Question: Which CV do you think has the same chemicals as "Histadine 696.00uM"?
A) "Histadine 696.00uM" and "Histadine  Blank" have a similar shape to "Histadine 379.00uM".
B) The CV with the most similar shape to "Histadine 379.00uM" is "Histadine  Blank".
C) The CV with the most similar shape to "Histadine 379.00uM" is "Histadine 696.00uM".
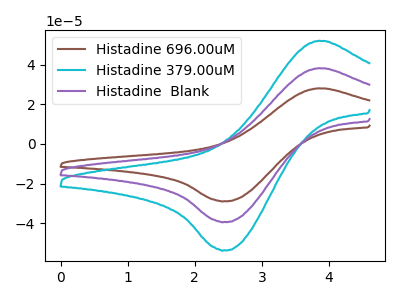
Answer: <think>The brown curve "Histadine 696.00uM" has an anodic peak at (3.85V, 76.25uA) and a cathodic peak at (2.45V, -78.70uA). The cyan curve "Histadine 379.00uM" has an anodic peak at (3.85V, 51.95uA) and a cathodic peak at (2.45V, -53.60uA). The purple curve "Histadine  Blank" has an anodic peak at (3.85V, 38.15uA) and a cathodic peak at (2.45V, -39.35uA).
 All the peaks in "Histadine 696.00uM" have a peak in "Histadine 379.00uM" at the same potential. Every peak in "Histadine 696.00uM" is higher than every peak in "Histadine 379.00uM". All the peaks in "Histadine 696.00uM" have a peak in "Histadine  Blank" at the same potential. Every peak in "Histadine 696.00uM" is higher than every peak in "Histadine  Blank". All the peaks in "Histadine 379.00uM" have a peak in "Histadine  Blank" at the same potential. Every peak in "Histadine 379.00uM" is higher than every peak in "Histadine  Blank".</think>
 <answer>A) "Histadine 696.00uM" and "Histadine  Blank" have a similar shape to "Histadine 379.00uM".</answer>
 <eval>A</eval>